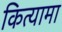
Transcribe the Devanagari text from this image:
कित्यामा